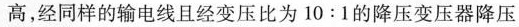
高，经同样的输电线且经变压比为10:1的降压变压器降压